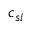
c _ { s i }